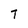
Character: T